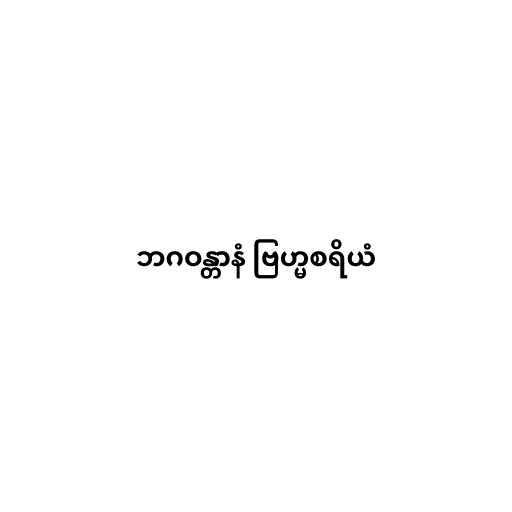
ဘဂဝန္တာနံ ဗြဟ္မစရိယံ